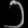
Digit: ၁